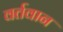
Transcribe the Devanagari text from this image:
वर्तवान